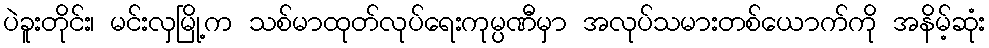
ပဲခူးတိုင်း၊ မင်းလှမြို့က သစ်မာထုတ်လုပ်ရေးကုမ္ပဏီမှာ အလုပ်သမားတစ်ယောက်ကို အနိမ့်ဆုံး